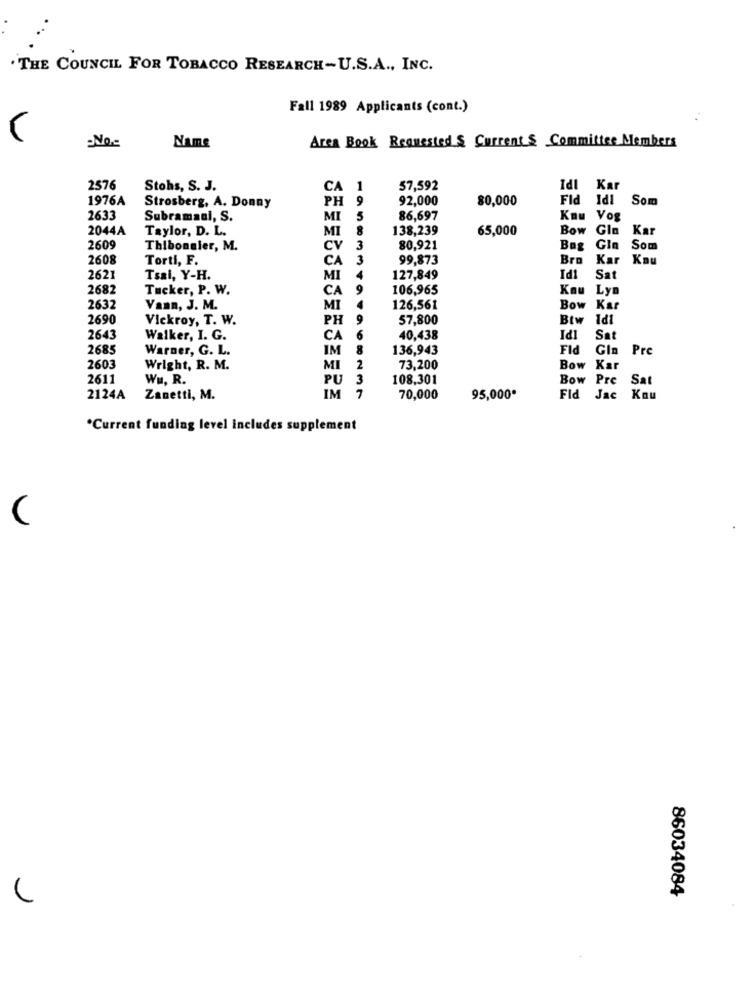
. THE COUNCIL FOR TOBACCO RESEARCH-U.S.A ., INC.
Fall 1989 Applicants (cont.)
No .:
Area Book Requested . Current & Committee Members
Name
2576
Stohs, S. J.
CA
57,592
Idl Kar
1976A
PH
9
92,000
80,000
Fid Idi
Som
Strosberg, A. Donny
2633
Subramsal, S.
MI
5
86,697
Knu Vog
2044A
Taylor, D. L.
MI
8
138,239
65,000
Bow Gla
Kar
2609
Thiboneler, M.
CV
3
80,921
Bag Gin
Som
2608
Torti, F.
CA
3
99,873
Bro
Kar
Kau
2621
Tsal, Y-H.
MI
4
127,849
Id1
Sat
2682
Tucker, P. W.
CA
9
106,965
Kau
Lyn
2632
Vann, J. M.
MI
4
126,561
Bow
Kar
IPI
2690
Vickroy, T. W.
PH
9
57,800
Btw
IPI
2643
Walker, I. G.
CA
6
40,438
Sa
2685
Warner, G. L.
IM
8
136,943
Fid
Gin
Pro
2603
Wright, R. M.
MI
2
73,200
Bow Kar
2611
Wu, R.
PU
3
108,301
Bow Pre
Sat
IM
7
2124A
Zanetti, M.
70,000
95,000*
Fid Jac
Kau
*Current funding level includes supplement
86034084